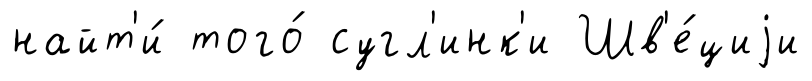
найт'и́ того́ сугл'инк'и Шв'е́циjи